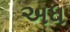
અધ